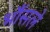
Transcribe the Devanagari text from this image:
भौंसले